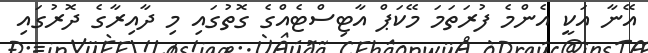
އޭނާ އަކީ އެންމެ ފުރަތަމަ މޭކަޕް އާޓިސްޓެއްގެ ގޮތުގައި މި ދާއިރާގެ ދޮރުގައި